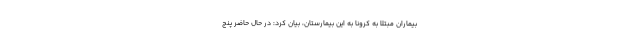
بیماران مبتلا به کرونا به این بیمارستان، بیان کرد: در حال حاضر پنج